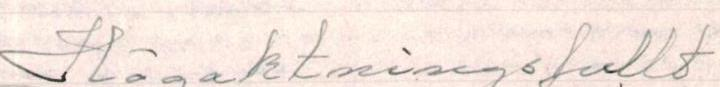
Högaktningsfullt